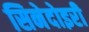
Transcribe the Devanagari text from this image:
सिनेदोइरी